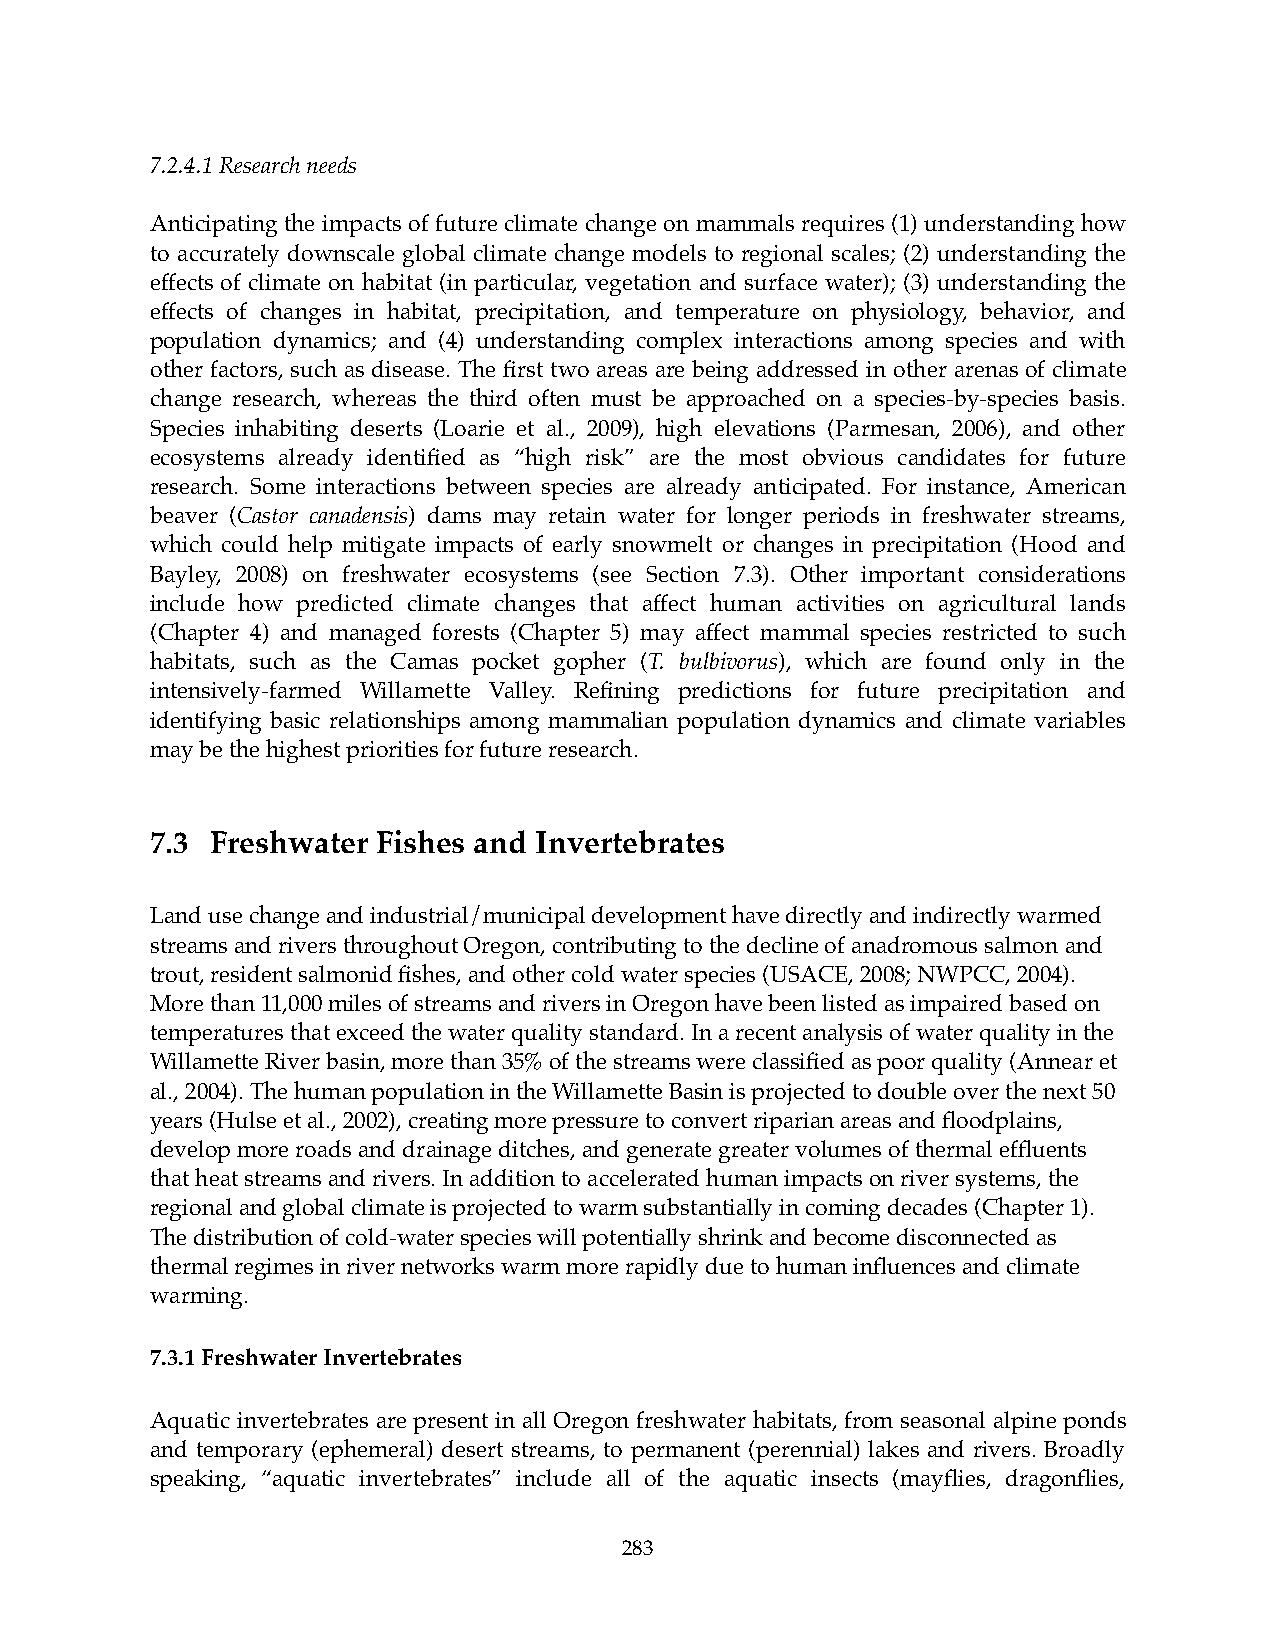
7.2.4.1 Research needs
 Anticipating the impacts of future climate change on mammals requires (1) understanding how
 to accurately downscale global climate change models to regional scales; (2) understanding the
 effects of climate on habitat (in particular, vegetation and surface water); (3) understanding the
 effects of changes in habitat, precipitation, and temperature on physiology, behavior, and
 population dynamics; and (4) understanding complex interactions among species and with
 other factors, such as disease. The first two areas are being addressed in other arenas of climate
 change research, whereas the third often must be approached on a species-by-species basis.
 Species inhabiting deserts (Loarie et al., 2009), high elevations (Parmesan, 2006), and other
 ecosystems already identified as “high risk” are the most obvious candidates for future
 research. Some interactions between species are already anticipated. For instance, American
 beaver (Castor canadensis) dams may retain water for longer periods in freshwater streams,
 which could help mitigate impacts of early snowmelt or changes in precipitation (Hood and
 Bayley, 2008) on freshwater ecosystems (see Section 7.3). Other important considerations
 include how predicted climate changes that affect human activities on agricultural lands
 (Chapter 4) and managed forests (Chapter 5) may affect mammal species restricted to such
 habitats, such as the Camas pocket gopher (T. bulbivorus), which are found only in the
 intensively-farmed Willamette Valley. Refining predictions for future precipitation and
 identifying basic relationships among mammalian population dynamics and climate variables
 may be the highest priorities for future research.
 7.3! Freshwater Fishes and Invertebrates
 Land use change and industrial/municipal development have directly and indirectly warmed
 streams and rivers throughout Oregon, contributing to the decline of anadromous salmon and
 trout, resident salmonid fishes, and other cold water species (USACE, 2008; NWPCC, 2004).
 More than 11,000 miles of streams and rivers in Oregon have been listed as impaired based on
 temperatures that exceed the water quality standard. In a recent analysis of water quality in the
 Willamette River basin, more than 35% of the streams were classified as poor quality (Annear et
 al., 2004). The human population in the Willamette Basin is projected to double over the next 50
 years (Hulse et al., 2002), creating more pressure to convert riparian areas and floodplains,
 develop more roads and drainage ditches, and generate greater volumes of thermal effluents
 that heat streams and rivers. In addition to accelerated human impacts on river systems, the
 regional and global climate is projected to warm substantially in coming decades (Chapter 1).
 The distribution of cold-water species will potentially shrink and become disconnected as
 thermal regimes in river networks warm more rapidly due to human influences and climate
 warming.
 7.3.1 Freshwater Invertebrates
 Aquatic invertebrates are present in all Oregon freshwater habitats, from seasonal alpine ponds
 and temporary (ephemeral) desert streams, to permanent (perennial) lakes and rivers. Broadly
 speaking, “aquatic invertebrates” include all of the aquatic insects (mayflies, dragonflies,
 283